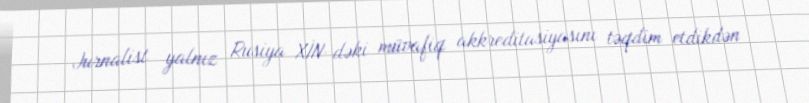
Jurnalist yalnız Rusiya XİN-dəki müvafiq akkreditasiyasını təqdim etdikdən